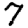
Digit: 7